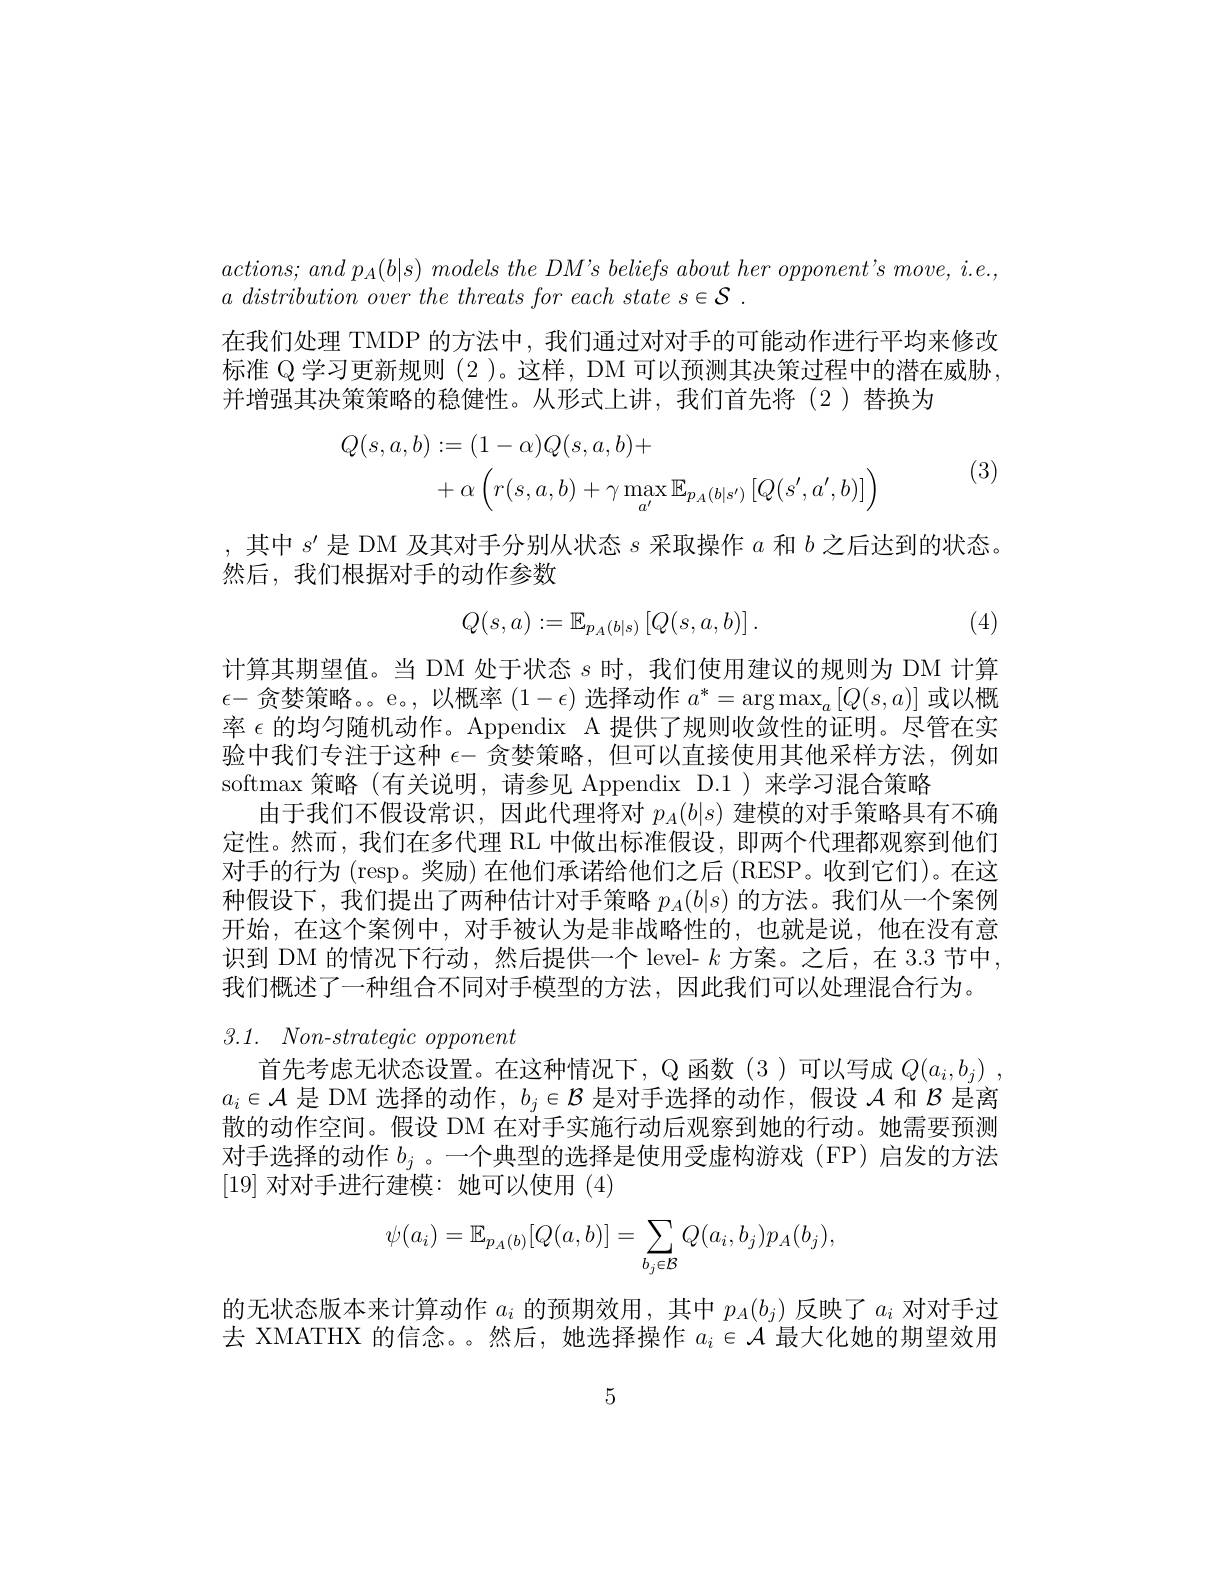
$actions;$ and $p_{A}( b| s)$ models the $DM^{\prime }s$ beliefs about her $opponent^{\prime }s$ $move$, $i. e. $,
$a\textit{ distribution over the threats for each state s}\in \mathcal{S}$ .
在我们处理 TMDP 的方法中，我们通过对对手的可能动作进行平均来修改标准 Q 学习更新规则 (2 )。这样，DM 可以预测其决策过程中的潜在威胁并增强其决策策略的稳健性。从形式上讲，我们首先将(2)替换为
$$\begin{aligned}Q(s,a,b)&:=(1-\alpha)Q(s,a,b)+\\&+\alpha\left(r(s,a,b)+\gamma\max_{a^{\prime}}\mathbb{E}_{p_{A}(b|s^{\prime})}\left[Q(s^{\prime},a^{\prime},b)\right]\right)\end{aligned}$$
(3)

,其中$s^{\prime}$是 DM 及其对手分别从状态$s$采取操作$a$和$b$之后达到的状态。
然后，我们根据对手的动作参数
$$Q(s,a):=\mathbb{E}_{p_A(b|s)}\left[Q(s,a,b)\right].$$
(4)

计算其期望值。当 DM 处于状态$s$时，我们使用建议的规则为 DM 计算$\epsilon-$贪婪策略。。e。, 以概率$(1-\epsilon)$选择动作$a^*=\arg\max_a[Q(s,a)]$或以概率$\epsilon$的均匀随机动作。Appendix A 提供了规则收敛性的证明。尽管在实验中我们专注于这种$\epsilon-$贪婪策略，但可以直接使用其他采样方法，例如softmax策略(有关说明，请参见 Appendix D.1)来学习混合策略
由于我们不假设常识，因此代理将对$p_A(b|s)$建模的对手策略具有不确定性。然而，我们在多代理 RL 中做出标准假设，即两个代理都观察到他们对手的行为 (resp。奖励) 在他们承诺给他们之后 (RESP。收到它们)。在这种假设下，我们提出了两种估计对手策略$p_A(b|s)$的方法。我们从一个案例开始，在这个案例中，对手被认为是非战略性的，也就是说，他在没有意识到 DM 的情况下行动，然后提供一个 level- $k$方案。之后，在 3.3 节中， 我们概述了一种组合不同对手模型的方法，因此我们可以处理混合行为。

## 3.1. $Non- strategic\textit{opponent}$

首先考虑无状态设置。在这种情况下，Q 函数 (3 )可以写成$Q(a_i,b_j)~$, $a_i\in\mathcal{A}$是 DM 选择的动作$,b_j\in\mathcal{B}$是对手选择的动作，假设$\mathcal{A}$和$\mathcal{B}$是离散的动作空间。假设 DM 在对手实施行动后观察到她的行动。她需要预测对手选择的动作$b_j$ 。一个典型的选择是使用受虚构游戏(FP)启发的方法[19]对对手进行建模：她可以使用(4)
$$\psi(a_i)=\mathbb{E}_{p_A(b)}[Q(a,b)]=\sum_{b_j\in\mathcal{B}}Q(a_i,b_j)p_A(b_j),$$
的无状态版本来计算动作$a_i$的预期效用，其中$p_A(b_j)$反映了$a_i$对对手过去 XMATHX 的信念。。然后，她选择操作$a_i\in\mathcal{A}$最大化她的期望效用

5